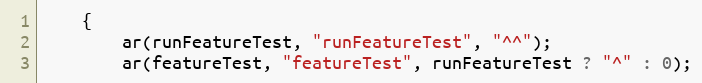
Language: C++
	{
		ar(runFeatureTest, "runFeatureTest", "^^");
		ar(featureTest, "featureTest", runFeatureTest ? "^" : 0);